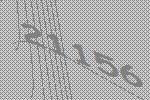
21156